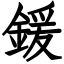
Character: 鍰